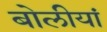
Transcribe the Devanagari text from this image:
बोलीयां